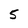
Character: 5